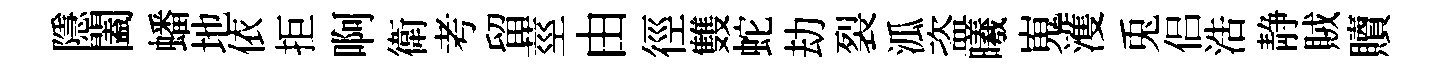
隱闔蟠地依拒啊衛考留莖由徑䨇蛇劫裂泒盗曦嵬濩兎侣浩静賊贖